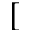
[